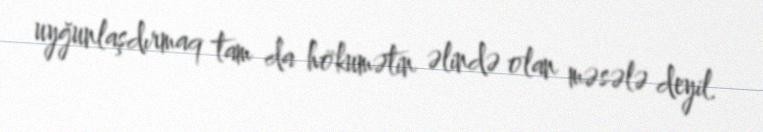
uyğunlaşdırmaq tam da hökumətin əlində olan məsələ deyil.